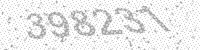
Solution: 398231